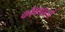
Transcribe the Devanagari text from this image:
कोषपालों